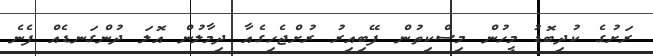
ރަށުގެ ކުދިބޮޑު މީހުން މިސްކިތުން ފޭބިއިރު ރުށްޖެހިގެއާ ދިމާލުން އޮލަ ދުންގަނޑެއް ފެނެ